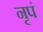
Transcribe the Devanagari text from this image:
नृपं